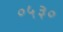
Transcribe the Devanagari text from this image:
०५३०